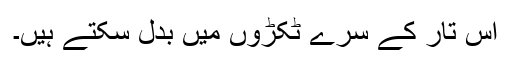
اس تار کے سرے ٹکڑوں میں بدل سکتے ہیں۔